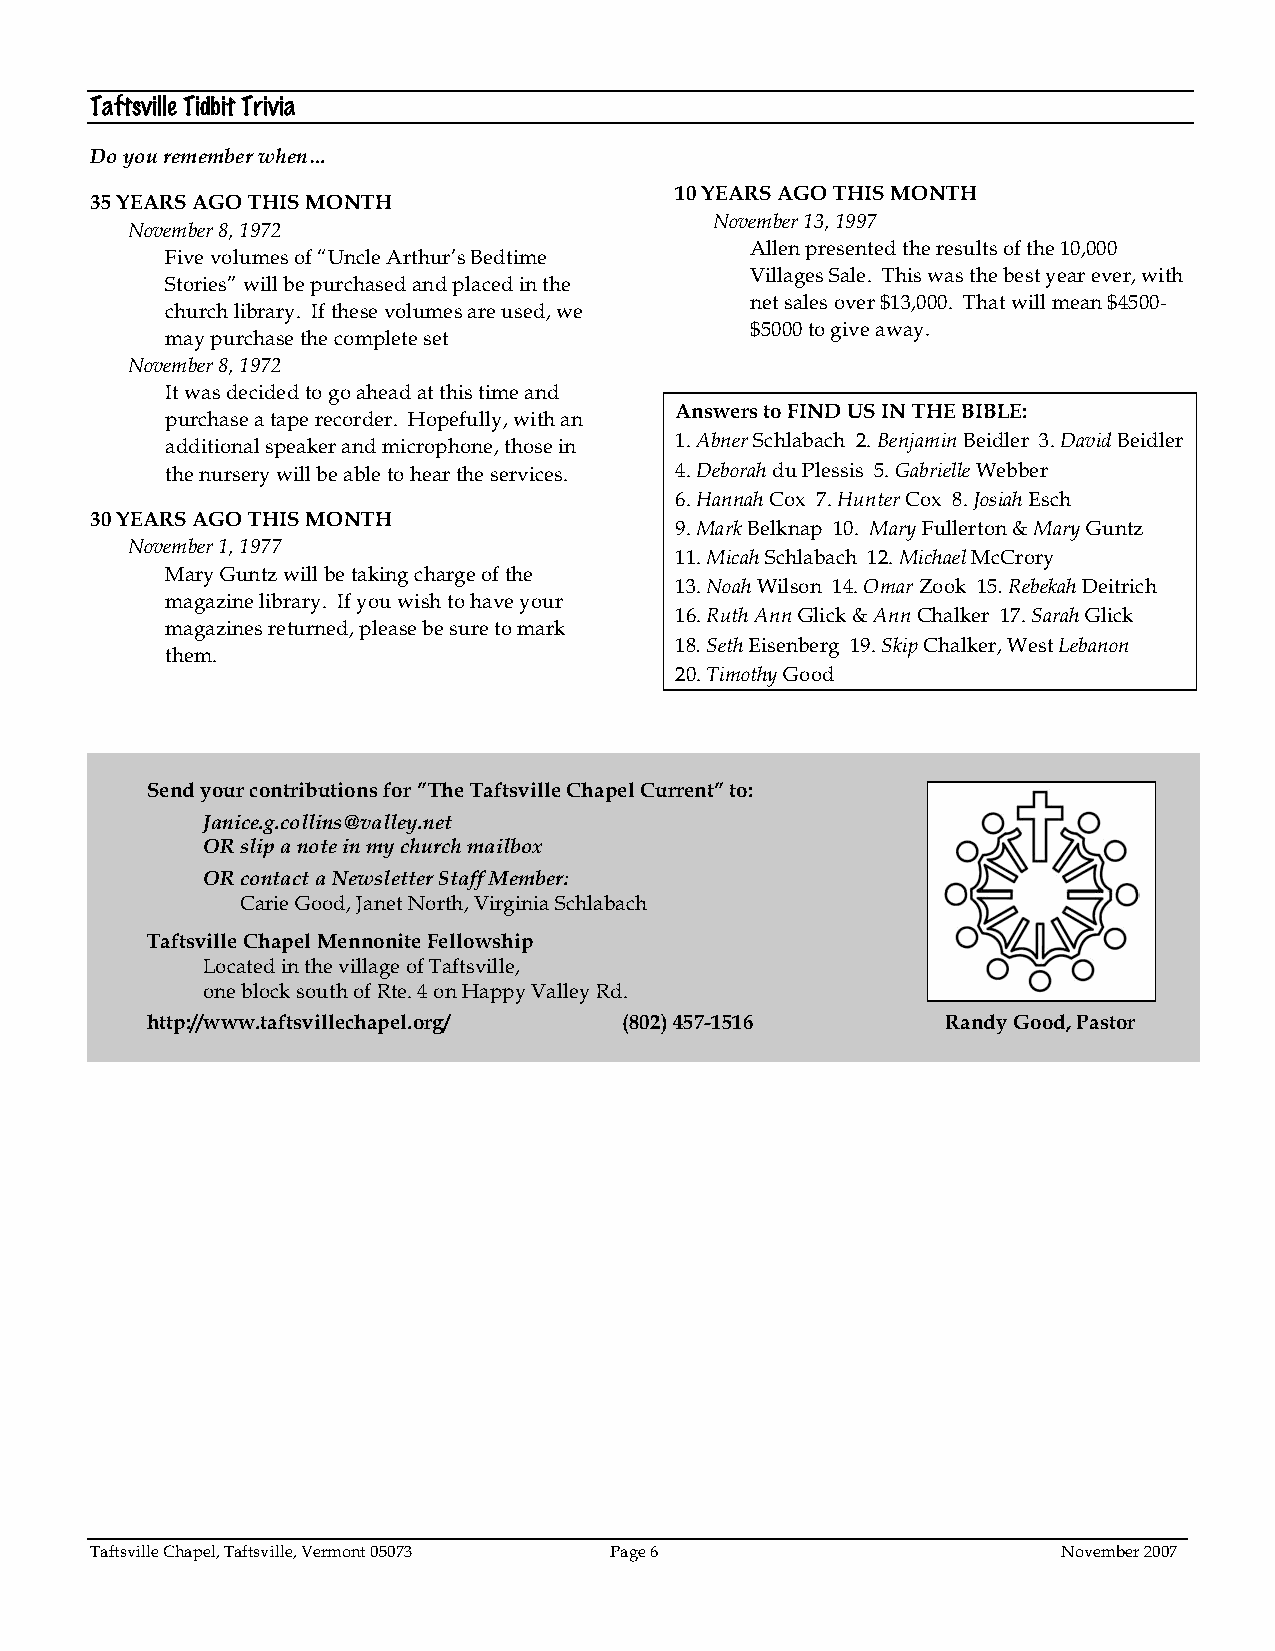
Taftsville Tidbit Trivia
 Do you remember when…
 10 YEARS AGO THIS MONTH
 35 YEARS AGO THIS MONTH
 November 13, 1997
 November 8, 1972
 Allen presented the results of the 10,000
 Five volumes of “Uncle Arthur’s Bedtime
 Villages Sale. This was the best year ever, with
 Stories” will be purchased and placed in the
 net sales over $13,000. That will mean $4500-
 church library. If these volumes are used, we
 $5000 to give away.
 may purchase the complete set
 November 8, 1972
 It was decided to go ahead at this time and
 Answers to FIND US IN THE BIBLE:
 purchase a tape recorder. Hopefully, with an
 additional speaker and microphone, those in 1. Abner Schlabach 2. Benjamin Beidler 3. David Beidler
 the nursery will be able to hear the services. 4. Deborah du Plessis 5. Gabrielle Webber
 6. Hannah Cox 7. Hunter Cox 8. Josiah Esch
 30 YEARS AGO THIS MONTH
 9. Mark Belknap 10. Mary Fullerton & Mary Guntz
 November 1, 1977
 11. Micah Schlabach 12. Michael McCrory
 Mary Guntz will be taking charge of the
 13. Noah Wilson 14. Omar Zook 15. Rebekah Deitrich
 magazine library. If you wish to have your
 16. Ruth Ann Glick & Ann Chalker 17. Sarah Glick
 magazines returned, please be sure to mark
 18. Seth Eisenberg 19. Skip Chalker, West Lebanon
 them.
 20. Timothy Good
 Send your contributions for ”The Taftsville Chapel Current” to:
 Janice.g.collins@valley.net
 OR slip a note in my church mailbox
 OR contact a Newsletter Staff Member:
 Carie Good, Janet North, Virginia Schlabach
 Taftsville Chapel Mennonite Fellowship
 Located in the village of Taftsville,
 one block south of Rte. 4 on Happy Valley Rd.
 http://www.taftsvillechapel.org/ (802) 457-1516      Randy Good, Pastor
 Taftsville Chapel, Taftsville, Vermont 05073 Page 6             November 2007